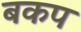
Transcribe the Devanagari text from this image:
बकप